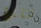
تنقذه